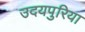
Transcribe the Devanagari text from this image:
उदयपुरिया